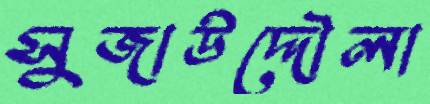
সুজাউদ্দৌলা